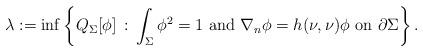
LaTeX: \begin{align*}\lambda :=\inf \left\{ Q_{\Sigma}[\phi]\, : \, \int_{\Sigma} \phi^2=1 \mbox{ and } \nabla_n \phi = h(\nu,\nu)\phi \mbox{ on } \partial \Sigma \right\}.\end{align*}